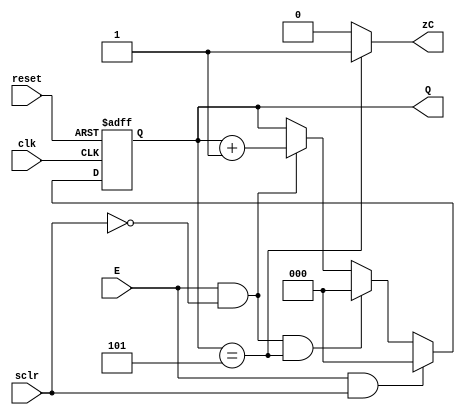
`timescale 1ns / 1ps
//////////////////////////////////////////////////////////////////////////////////
// Company: CECS 361 
// 
// Design Name: 
// Module Name: Counter
// Project Name: 
// Target Devices: 
// Tool Versions: 
// Description: 
// 
// Dependencies: 
// 
// Revision:
// Revision 0.01 - File Created
// Additional Comments:
// 
//////////////////////////////////////////////////////////////////////////////////

module Counter(
    input clk,
    input reset,
    input E,
    input sclr,
    output reg [2:0] Q,
    output zC
    );
  
assign zC = (Q == 3'd5) ? 1'b1 : 1'b0;
     
always@(posedge clk, posedge reset) begin
    if (reset) begin
        Q  <= 3'b0;
    end
    else if(E && sclr)
        Q <= 3'b0;
    else if (E && ~sclr && Q == 3'd5)
        Q <= 3'b0;  
    else if (E && ~sclr)      
        Q <= Q + 1'b1;    
end
  
endmodule